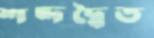
শব্দদ্বৈত